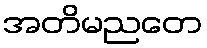
အတိမညတေ